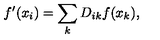
f ^ { \prime } ( x _ { i } ) = \sum _ { k } D _ { i k } f ( x _ { k } ) ,